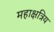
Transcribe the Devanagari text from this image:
महाक्षत्रिय